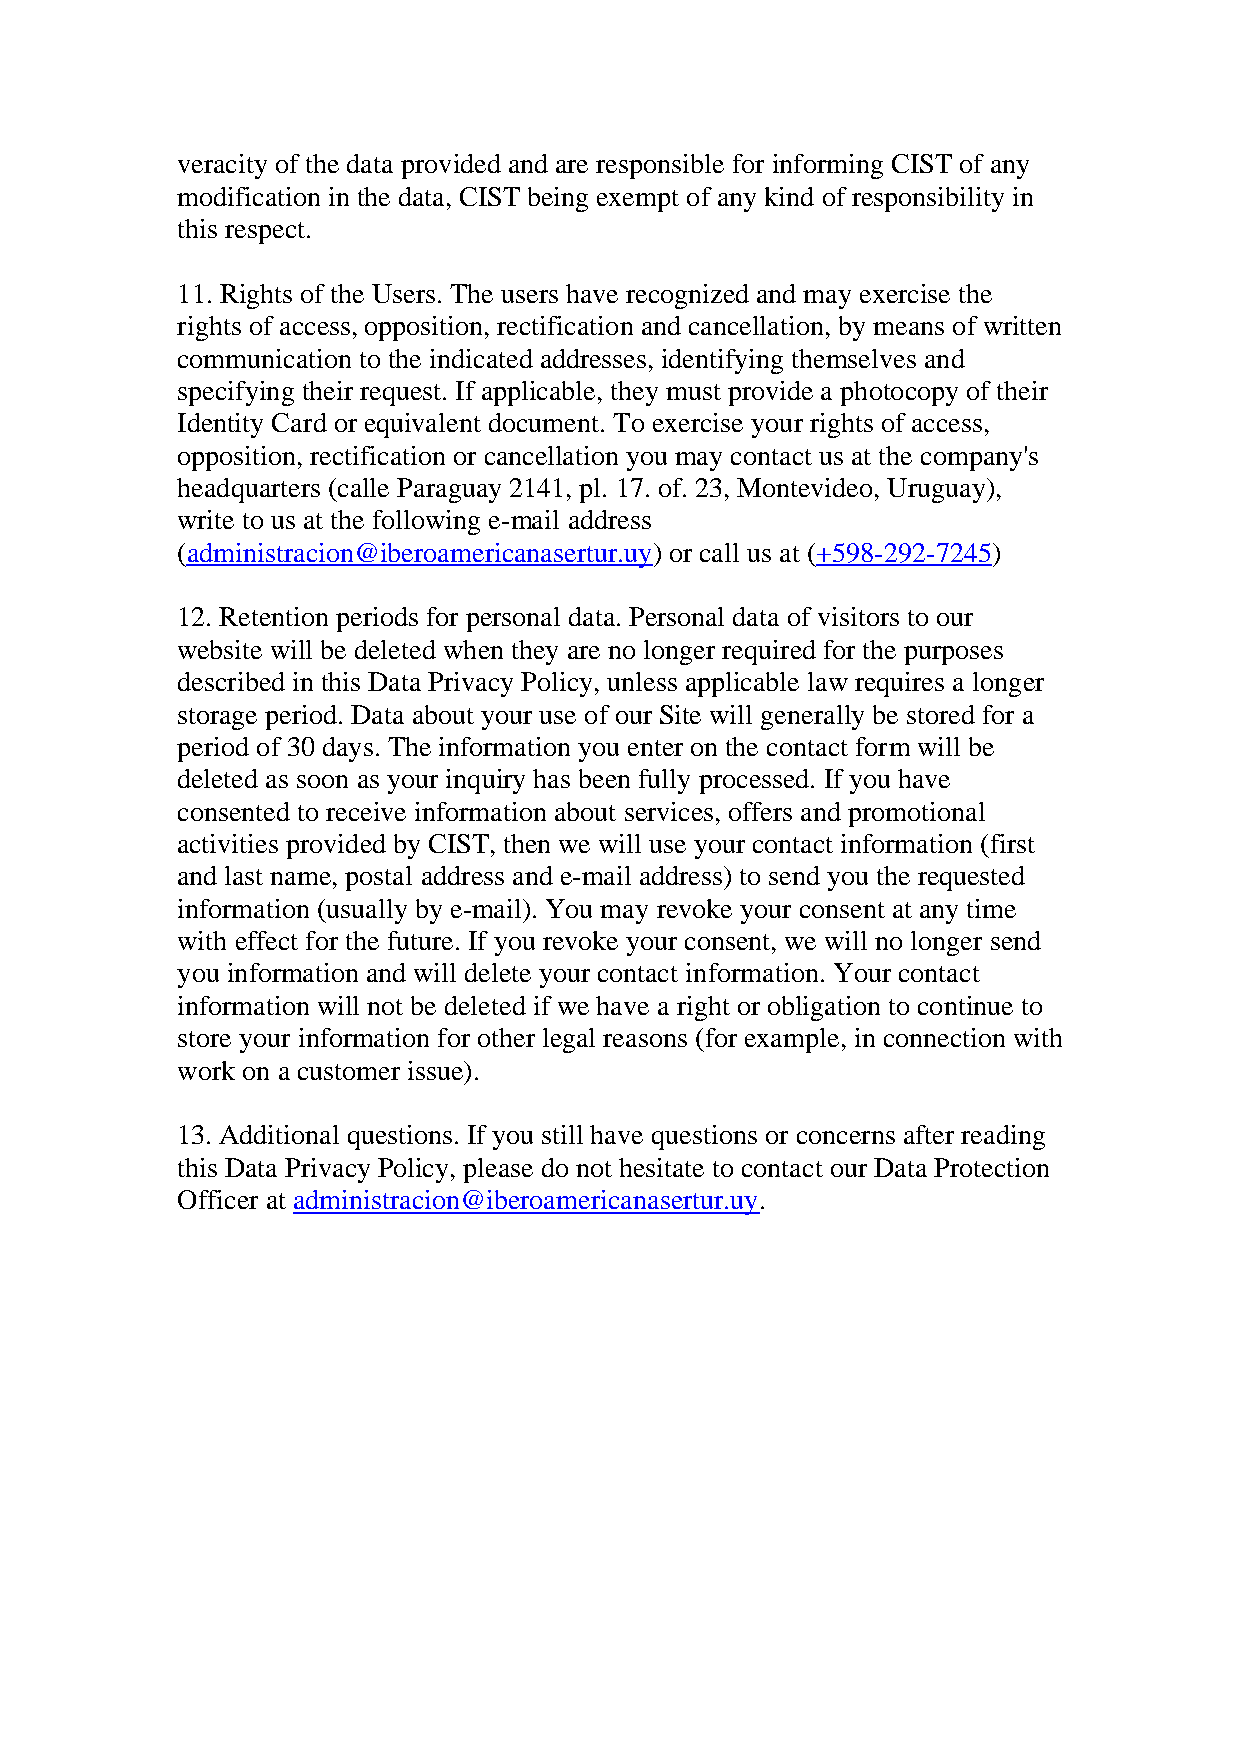
veracity of the data provided and are responsible for informing CIST of any
 modification in the data, CIST being exempt of any kind of responsibility in
 this respect.
 11. Rights of the Users. The users have recognized and may exercise the
 rights of access, opposition, rectification and cancellation, by means of written
 communication to the indicated addresses, identifying themselves and
 specifying their request. If applicable, they must provide a photocopy of their
 Identity Card or equivalent document. To exercise your rights of access,
 opposition, rectification or cancellation you may contact us at the company's
 headquarters (calle Paraguay 2141, pl. 17. of. 23, Montevideo, Uruguay),
 write to us at the following e-mail address
 (administracion@iberoamericanasertur.uy) or call us at (+598-292-7245)
 12. Retention periods for personal data. Personal data of visitors to our
 website will be deleted when they are no longer required for the purposes
 described in this Data Privacy Policy, unless applicable law requires a longer
 storage period. Data about your use of our Site will generally be stored for a
 period of 30 days. The information you enter on the contact form will be
 deleted as soon as your inquiry has been fully processed. If you have
 consented to receive information about services, offers and promotional
 activities provided by CIST, then we will use your contact information (first
 and last name, postal address and e-mail address) to send you the requested
 information (usually by e-mail). You may revoke your consent at any time
 with effect for the future. If you revoke your consent, we will no longer send
 you information and will delete your contact information. Your contact
 information will not be deleted if we have a right or obligation to continue to
 store your information for other legal reasons (for example, in connection with
 work on a customer issue).
 13. Additional questions. If you still have questions or concerns after reading
 this Data Privacy Policy, please do not hesitate to contact our Data Protection
 Officer at administracion@iberoamericanasertur.uy.